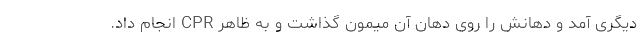
دیگری آمد و دهانش را روی دهان آن میمون گذاشت و به ظاهر CPR انجام داد.